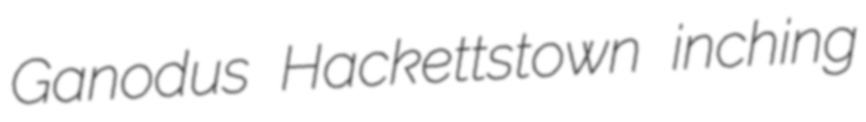
Ganodus Hackettstown inching